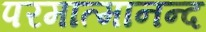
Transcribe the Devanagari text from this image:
परमात्मानन्द